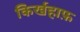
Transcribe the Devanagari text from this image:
किर्खहाफ़